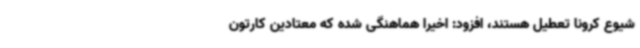
شیوع کرونا تعطیل هستند، افزود: اخیراً هماهنگی شده که معتادین کارتون